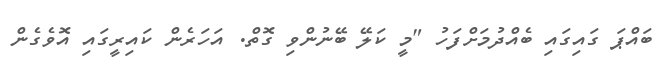
ބައްޕަ ގައިގައި ބެއްދުމަށްފަހު "މީ ކަލޭ ބޭނުންވި ގޮތް. އަހަރެން ކައިރީގައި އޮވެގެން